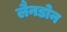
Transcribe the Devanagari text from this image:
लैनडोन